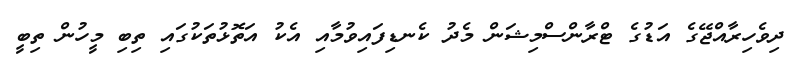
ދިވެހިރާއްޖޭގެ އަޑުގެ ޓްރާންސްމިޝަން މެދު ކެނޑިފައިވުމާއި އެކު އަތޮޅުތަކުގައި ތިބި މީހުން ތިބީ